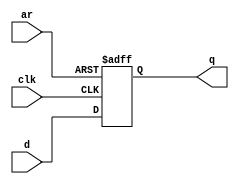
module top_module (
    input clk,
    input d, 
    input ar,   // asynchronous reset
    output q);

    always@(posedge clk , posedge ar) begin
        if(ar)
            q <= 0;
        else
            q <= d;
    end
endmodule